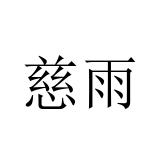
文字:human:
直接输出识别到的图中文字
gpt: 慈雨